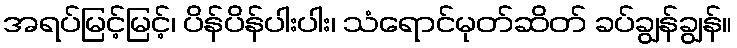
အရပ်မြင့်မြင့်၊ ပိန်ပိန်ပါးပါး၊ သံရောင်မုတ်ဆိတ် ခပ်ချွန်ချွန်။